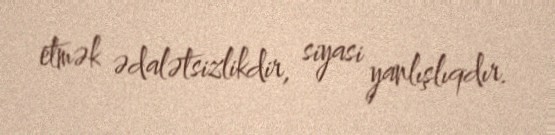
etmək ədalətsizlikdir, siyasi yanlışlıqdır.